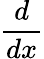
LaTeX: \frac{d}{dx}